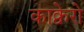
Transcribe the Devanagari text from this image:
काक्वेरो